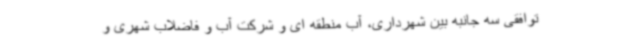
توافقی سه جانبه بین شهرداری، آب منطقه ای و شرکت آب و فاضلاب شهری و